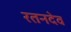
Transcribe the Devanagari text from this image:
रतनदेव